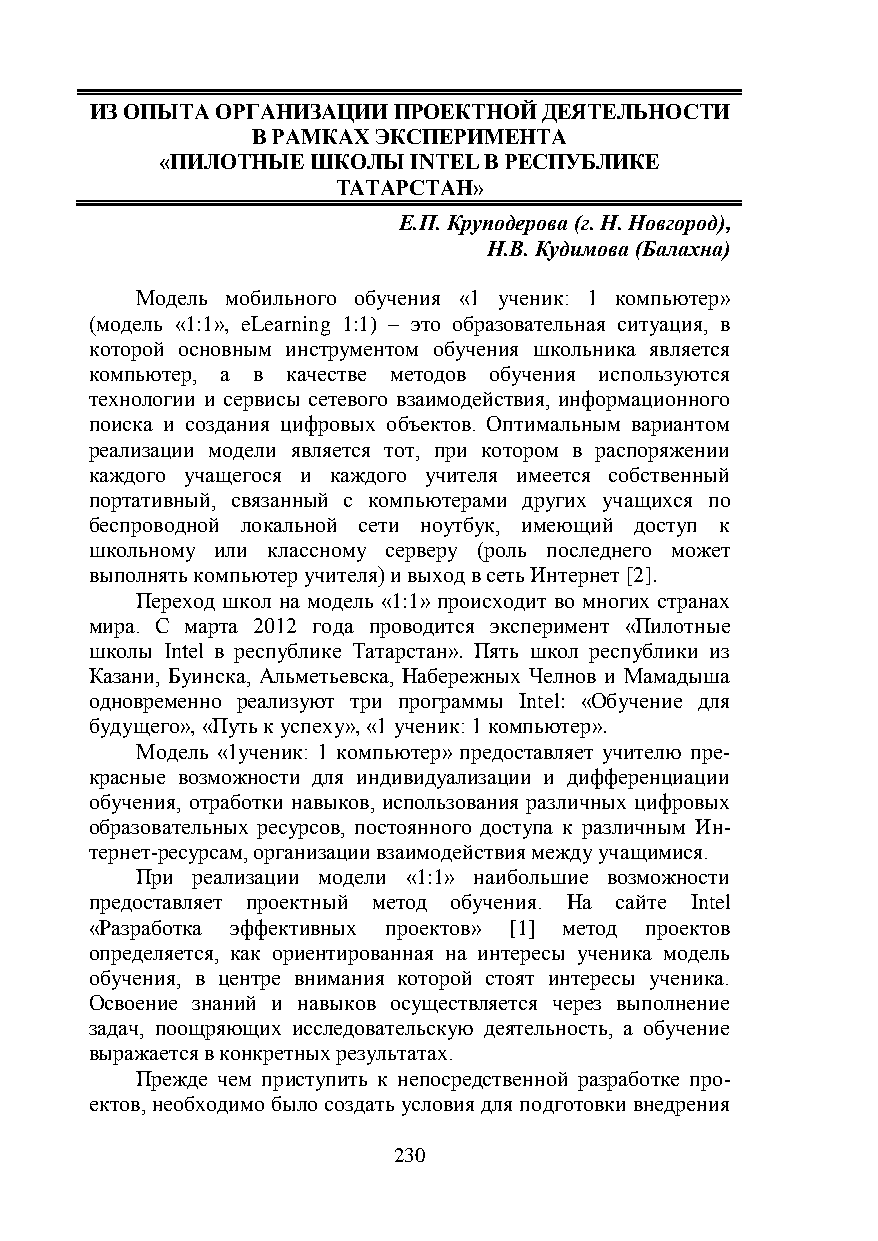
ИЗ ОПЫТА ОРГАНИЗАЦИИ ПРОЕКТНОЙ ДЕЯТЕЛЬНОСТИ
 В РАМКАХ ЭКСПЕРИМЕНТА
 «ПИЛОТНЫЕ ШКОЛЫ INTEL В РЕСПУБЛИКЕ
 ТАТАРСТАН»
 Е.П. Круподерова (г. Н. Новгород),
 Н.В. Кудимова (Балахна)
 Модель мобильного обучения «1 ученик: 1 компьютер»
 (модель «1:1», eLearning 1:1) – это образовательная ситуация, в
 которой основным инструментом обучения школьника является
 компьютер, а в качестве методов обучения используются
 технологии и сервисы сетевого взаимодействия, информационного
 поиска и создания цифровых объектов. Оптимальным вариантом
 реализации модели является тот, при котором в распоряжении
 каждого учащегося и каждого учителя имеется собственный
 портативный, связанный с компьютерами других учащихся по
 беспроводной локальной сети ноутбук, имеющий доступ к
 школьному или классному серверу (роль последнего может
 выполнять компьютер учителя) и выход в сеть Интернет [2].
 Переход школ на модель «1:1» происходит во многих странах
 мира. С марта 2012 года проводится эксперимент «Пилотные
 школы Intel в республике Татарстан». Пять школ республики из
 Казани, Буинска, Альметьевска, Набережных Челнов и Мамадыша
 одновременно реализуют три программы Intel: «Обучение для
 будущего», «Путь к успеху», «1 ученик: 1 компьютер».
 Модель «1ученик: 1 компьютер» предоставляет учителю пре-
 красные возможности для индивидуализации и дифференциации
 обучения, отработки навыков, использования различных цифровых
 образовательных ресурсов, постоянного доступа к различным Ин-
 тернет-ресурсам, организации взаимодействия между учащимися.
 При реализации модели «1:1» наибольшие возможности
 предоставляет проектный метод обучения. На сайте Intel
 «Разработка эффективных проектов» [1] метод проектов
 определяется, как ориентированная на интересы ученика модель
 обучения, в центре внимания которой стоят интересы ученика.
 Освоение знаний и навыков осуществляется через выполнение
 задач, поощряющих исследовательскую деятельность, а обучение
 выражается в конкретных результатах.
 Прежде чем приступить к непосредственной разработке про-
 ектов, необходимо было создать условия для подготовки внедрения
 230